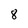
Character: 8